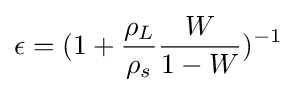
\epsilon =(1+{\frac {\rho _{L}}{\rho _{s}}}{\frac {W}{1-W}})^{-1}